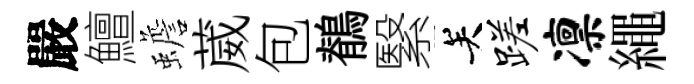
嚴鱣蟾葳包鶺繄关蹉凛繩